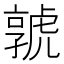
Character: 𡦨